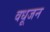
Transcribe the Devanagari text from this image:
वधूजन